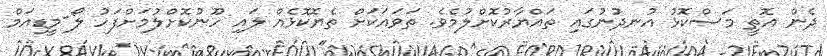
ދެން އޮތީ މަސްކޮޅު އުނދުނުގައި ތައްޔާރުކޮށްލުމެވެ. ތަވައަކަށް ތެޔޮކޮޅެއް ލައި ހޫނުކޮށްލުމަށްފަހު ލޯ-މީޑިއަމް